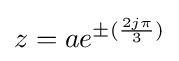
z=ae^{\pm ({\frac {2j\pi }{3}})}